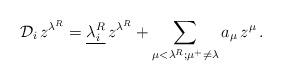
LaTeX: \begin{align*}{\mathcal D}_i \, z^{\lambda^{R}} = \underline{{ \lambda}_i^R} \,z^{\lambda^{R}} +\sum_{\mu< \lambda^{R}; \mu^+ \neq \lambda} a_{\mu} \, z^{\mu} \, .\end{align*}